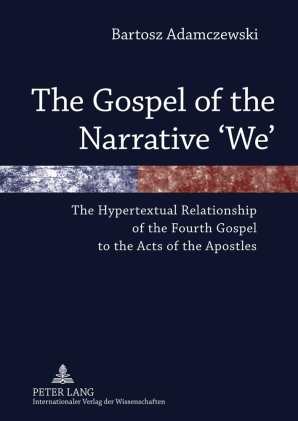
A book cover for The Gospel of the Narrative 'We': The Hypertextual Relationship of the Fourth Gospel to the Acts of the Apostles; Bartosz Adamczewski; Christian Books & Bibles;